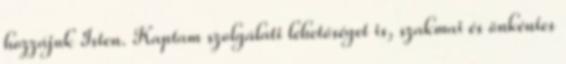
hozzájuk Isten. Kaptam szolgálati lehetőséget is, szakmai és önkéntes